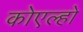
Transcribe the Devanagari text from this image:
कोएल्हो